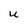
Character: U